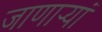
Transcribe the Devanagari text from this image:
जाणाऱ्यां